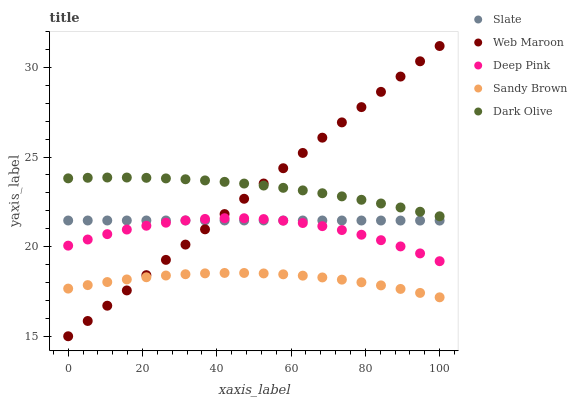
| xaxis_label | Slate | Web Maroon | Deep Pink | Sandy Brown | Dark Olive |
 | --- | --- | --- | --- | --- | --- |
 | 0 | 21.5 | 15 | 20.1 | 17.7 | 23.8 |
 | 5.26 | 21.5 | 15.9 | 20.4 | 17.9 | 23.8 |
 | 10.5 | 21.5 | 16.7 | 20.7 | 18 | 23.9 |
 | 15.8 | 21.5 | 17.6 | 21 | 18.2 | 23.9 |
 | 21.1 | 21.5 | 18.4 | 21.2 | 18.3 | 23.8 |
 | 26.3 | 21.5 | 19.3 | 21.3 | 18.4 | 23.8 |
 | 31.6 | 21.5 | 20.1 | 21.5 | 18.5 | 23.8 |
 | 36.8 | 21.5 | 21 | 21.5 | 18.5 | 23.7 |
 | 42.1 | 21.5 | 21.8 | 21.6 | 18.5 | 23.6 |
 | 47.4 | 21.5 | 22.7 | 21.6 | 18.5 | 23.5 |
 | 52.6 | 21.5 | 23.5 | 21.5 | 18.5 | 23.4 |
 | 57.9 | 21.5 | 24.4 | 21.5 | 18.5 | 23.3 |
 | 63.2 | 21.5 | 25.2 | 21.3 | 18.4 | 23.1 |
 | 68.4 | 21.5 | 26.1 | 21.1 | 18.3 | 23 |
 | 73.7 | 21.5 | 26.9 | 20.9 | 18.2 | 22.8 |
 | 78.9 | 21.5 | 27.8 | 20.7 | 18 | 22.6 |
 | 84.2 | 21.5 | 28.6 | 20.4 | 17.8 | 22.4 |
 | 89.5 | 21.5 | 29.5 | 20 | 17.6 | 22.2 |
 | 94.7 | 21.5 | 30.3 | 19.6 | 17.4 | 21.9 |
 | 100 | 21.5 | 31.2 | 19.2 | 17.2 | 21.7 |